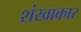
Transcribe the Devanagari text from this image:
शंखाकार